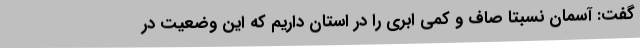
گفت: آسمان نسبتا صاف و کمی ابری را در استان داریم که این وضعیت در